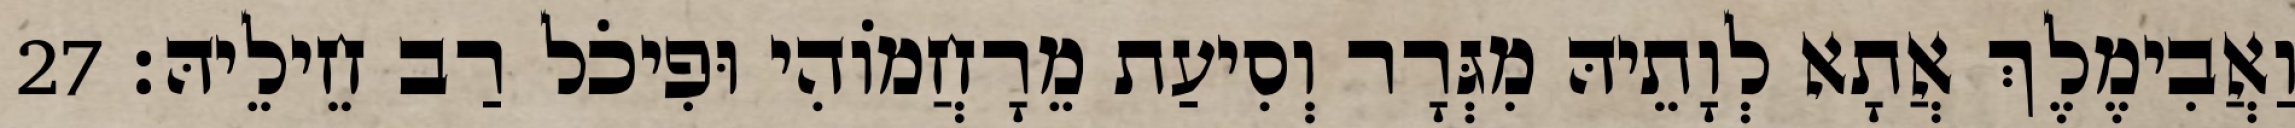
וַאֲבִימֶלֶךְ אֲתָא לְוָתֵיהּ מִגְּרָר וְסִיעַת מֵרָחֲמוֹהִי וּפִיכֹל רַב חֵילֵיהּ׃ 27